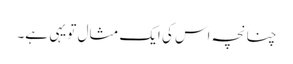
چنانچہ اس کی ایک مثال تو یہی ہے۔